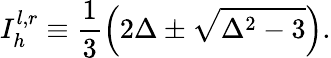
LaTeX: I_{h}^{l,r}\equiv\frac{1}{3}\left(2\Delta\pm\sqrt{\Delta^{2}-3}\right).